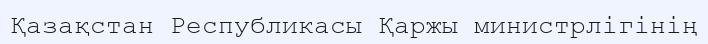
Қазақстан Республикасы Қаржы министрлігінің